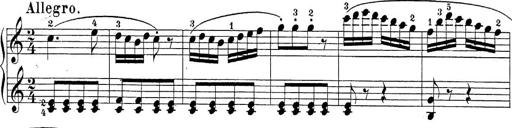
Title: Sonatina Album
Composer: Louis KÃ¶hler